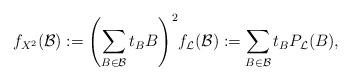
LaTeX: \begin{align*} f_{X^2}(\mathcal{B}) := {\left(\sum_{B \in \mathcal{B}} t_{B} B \right)}^2 f_{\mathcal{L}}(\mathcal{B}) := \sum_{B \in \mathcal{B}} t_{B} P_{\mathcal{L}}(B) , \end{align*}